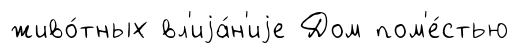
живо́тных вл'иjа́н'иjе Дом пом'е́стью